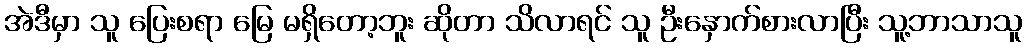
အဲဒီမှာ သူ ပြေးစရာ မြေ မရှိတော့ဘူး ဆိုတာ သိလာရင် သူ ဦးနှောက်စားလာပြီး သူ့ဘာသာသူ